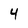
Character: 4